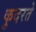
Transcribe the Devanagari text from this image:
कुदरते